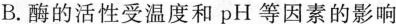
B.酶的活性受温度和pH等因素的影响